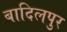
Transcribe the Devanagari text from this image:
बादिलपुर